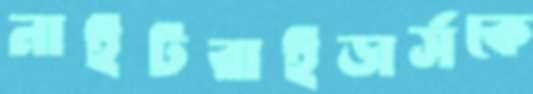
নাইটরাইডার্সকে